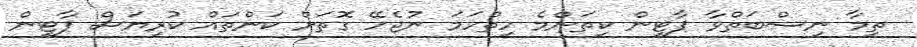
ތިމާ ނިސްބަތްވާ ޕާޓީން ކިތަންމެ ހިތްހަމަ ނުޖެހޭ ގޮތަށް ކަންތައް ކުރިޔަސް ޕާޓީން